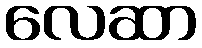
လေဆာ